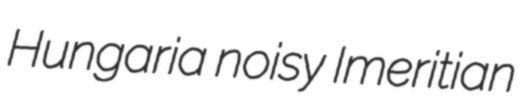
Hungaria noisy Imeritian